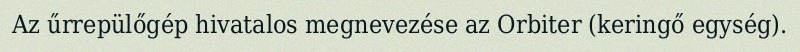
Az űrrepülőgép hivatalos megnevezése az Orbiter (keringő egység).